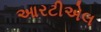
આરટીએલ